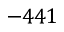
- 4 4 1